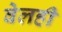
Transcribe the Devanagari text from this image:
वेलही